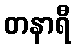
တနာရီ